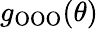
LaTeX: g_{\mathrm{{OOO}}}(\theta)